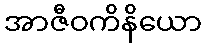
အာဇီဝကိနိယော